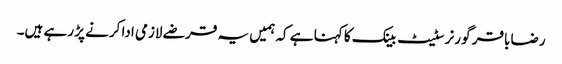
رضا باقر گورنر سٹیٹ بینک کا کہنا ہے کہ ہمیں یہ قرضے لازمی ادا کرنے پڑ رہے ہیں۔